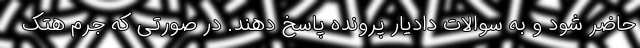
حاضر شود و به سوالات دادیار پرونده پاسخ دهند. در صورتی که جرم هتک